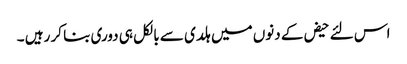
اس لئے حیض کے دنوں میں ہلدی سے بالکل ہی دوری بنا کر رہیں ۔